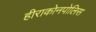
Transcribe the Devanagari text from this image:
हीराकोनपोलिस